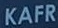
KAFR